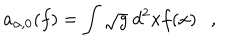
a _ { \alpha , 0 } ( f ) = \int \sqrt { g } ~ d ^ { 2 } x f ( x ) ,